Suure-Kopu_vallavalitsus, lk 14
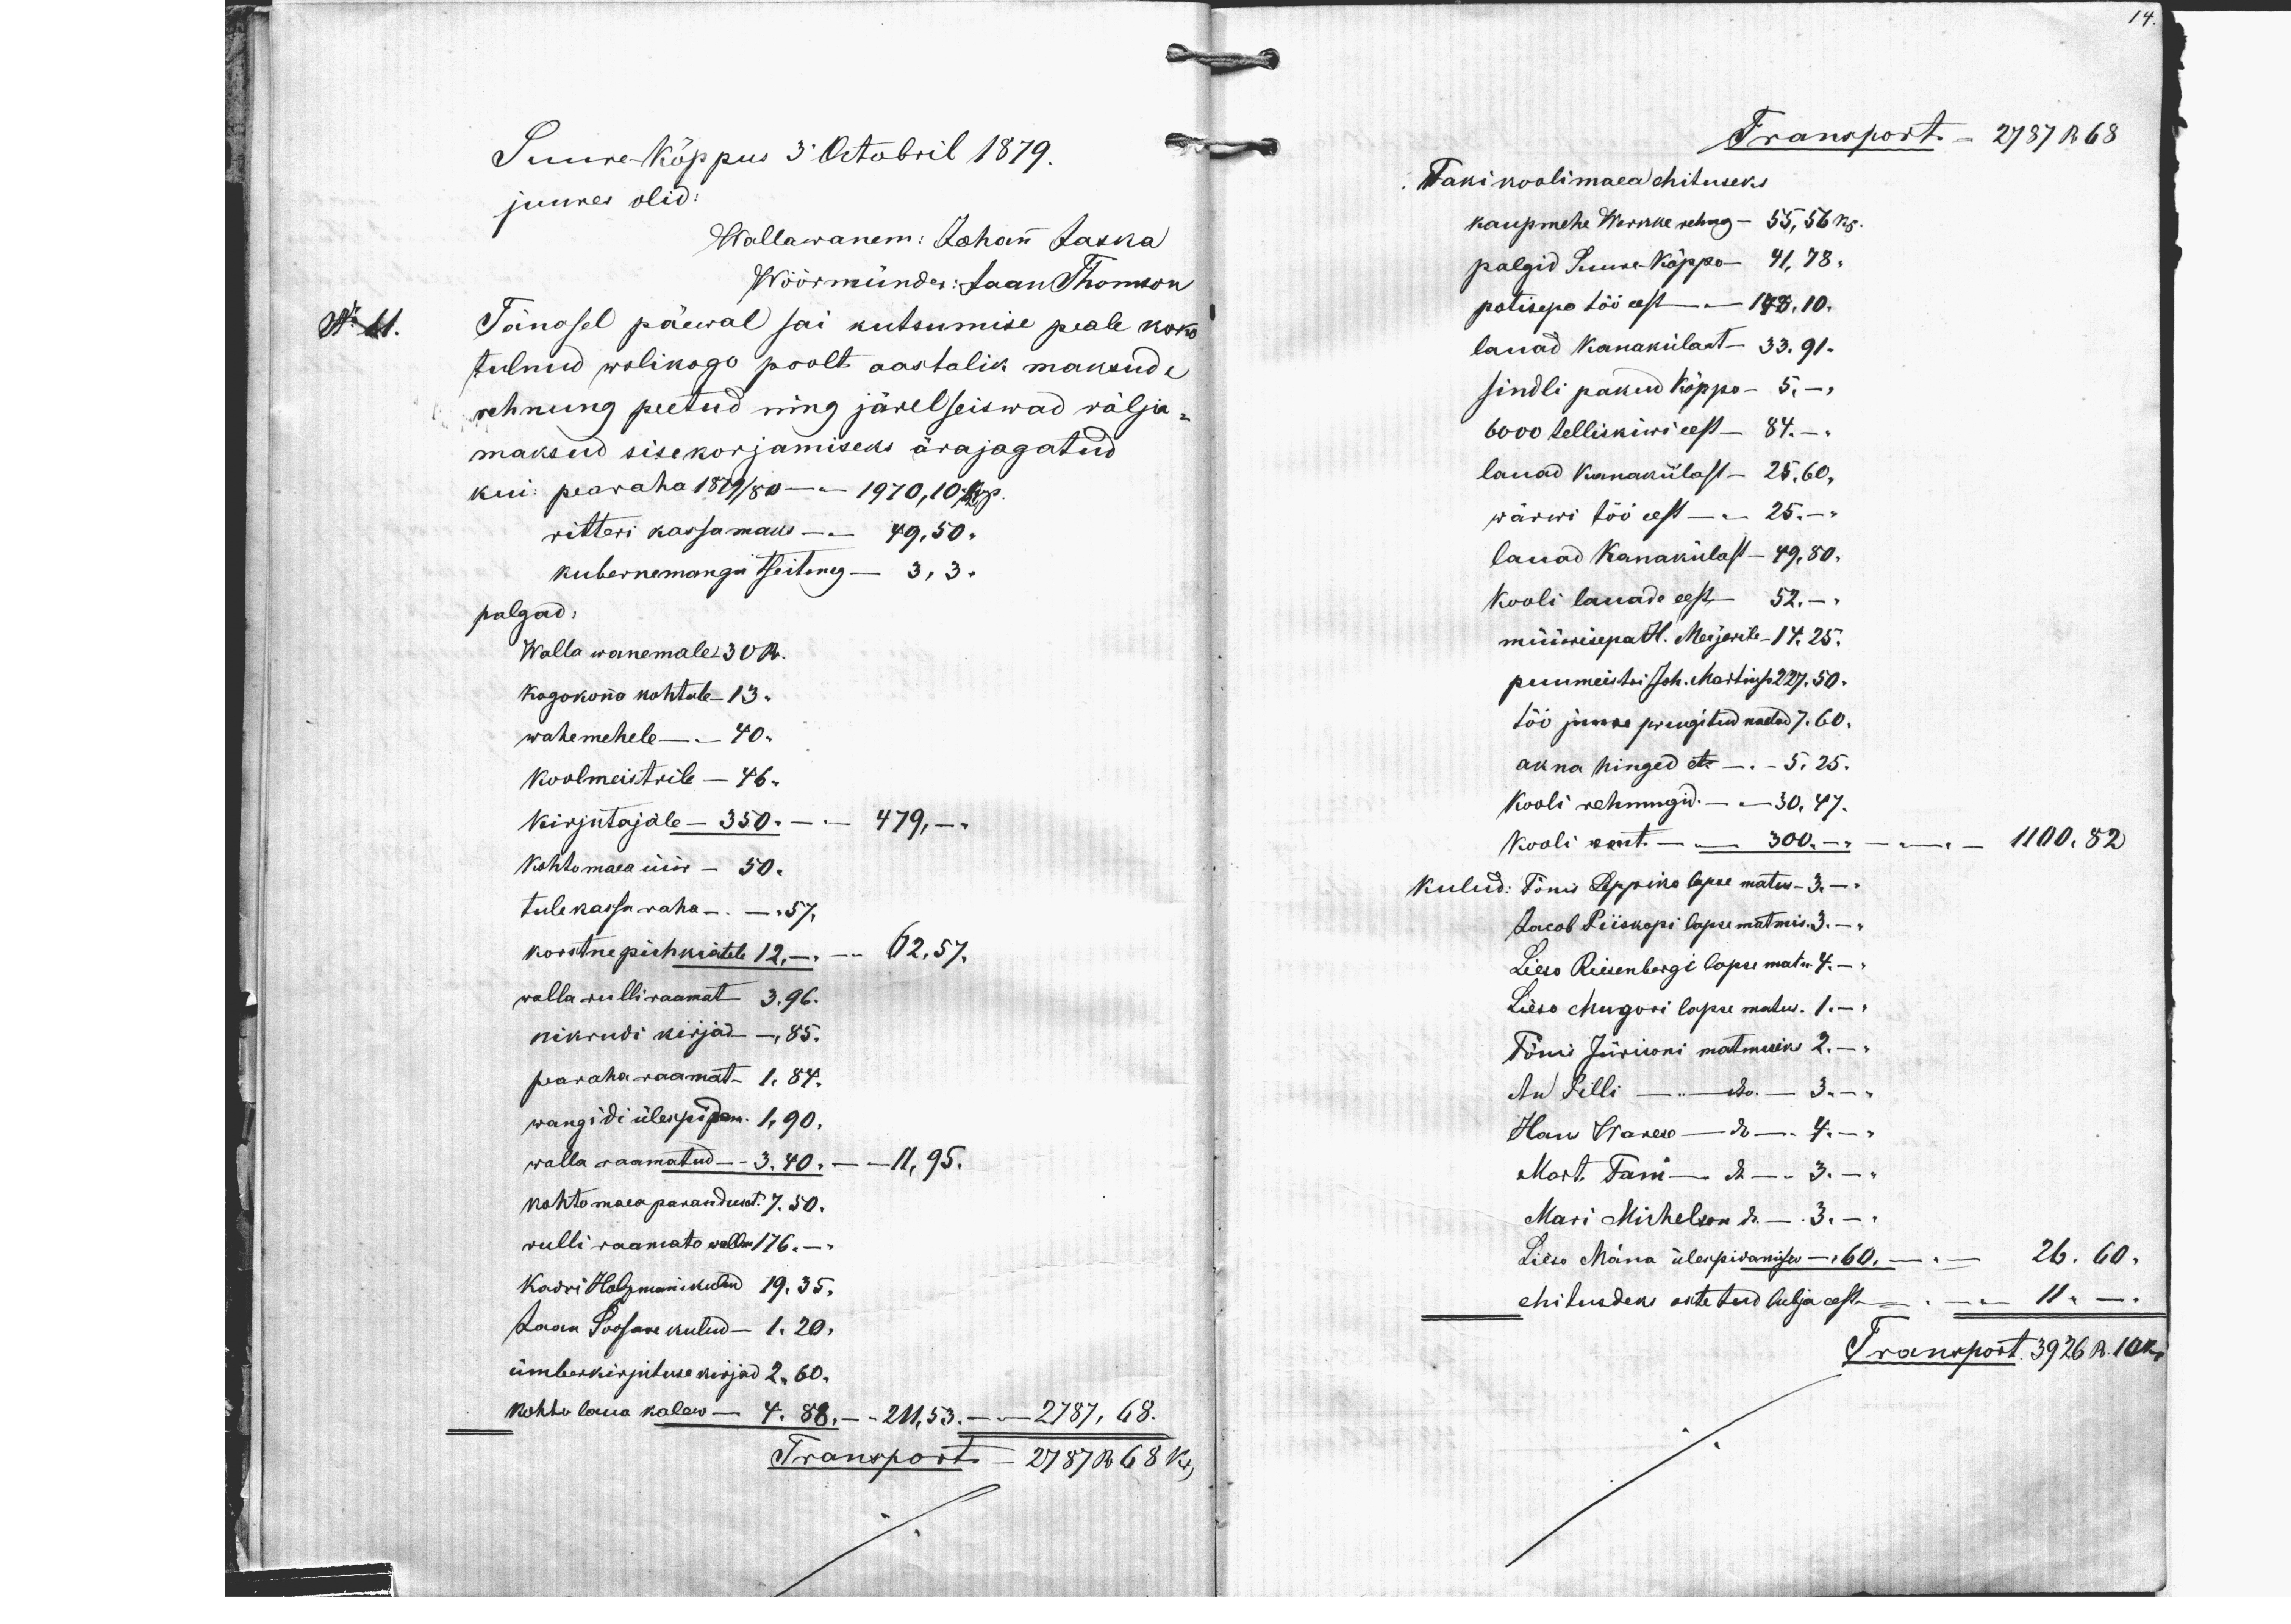
14.

Suure-Kõppus 3 Octobril 1879.
juures olid:
Wallawanem: Johan Jaska
Wöörmünder: Jaan Thomson
Tänasel päewal sai kutsumise peale koko-
tulnud wolikogu poolt aastalik maksude
rehnung peetud ning järel seiswad wälja-
maksud sisekorjamiseks ärajagatud
kui pearaha 1879/80 - 1970,10 kop.
ritteri kassamaks - 49,50 "
kubernemangu tseitung - 3,3 "
palgad:
Walla wanemale 30 R.
Kogokona kohtule-13 "
wahemehele - 40 "
Koolmeistrile - 46 "
Kirjutajale - 350  " - 479, -
Kohtomaea üür - 50.  "
tulekassa raha -"- 5%
korstna pühkiatele 12. -"- 62,57.
walla rulliraamat - 3.96  "
nikrudi kirjad -,85.
paraha raamat - 1,84.
wangidi ülespidam. 1,90,
kohtomea parandust. 7. 50.
walla raamatud - 3,40 " - 11,95
rulli raamato walla 176. -
Kadri Holzmanni kulud 19.35.
Jaan Soosare kulud - 1.20.
ümberkirjutuse kirjad 2.60.
kohto laua kalew - 4. 88, - 211,53. - 2787 R  68 K
Transport 2787 R 68 K.

Transport - 2787R 68
Taki koolimaea ehituseks
kaupmehe Wernke rehng - 55, 56 kr.
palgid Suure-Kõppo - 41,78 "
potisepa töö eest - 173, 10,
lanad Kanakülast - 33.91.
sindli pakud Kõppo - 5.-
6000 telliskiwi eest - 84.-
lanad Kanakülast - 25,60,
wärwi töö eest - 25.-
lauad Kanakülast - 49, 80.
Kooli lauade eest - 52.-
müüsisepa H. Meijerile - 14.25.
puumeistri Joh. Martinson 227.50.
töö juurde prugitud naelad 7.60
akna hinged No - 5.25.
Kooli rehnungid. - 30, 47.
Kooli rent - 300 - 1110.82
Kulud: Tõnu Leppiko lapse matus - 3. -
Jacob Piiskopi lapse matmis. - 3. -
Lieso Riesenbergi lapse matus 4. -
Liiso Augusti lapse matus. 1.-,
Tõnis Jürisoni matmiseks 2.-
An Pilli - " - 3 - "
Hans Warese - " - 4 - "
Mart. Tani - " - 3.- "
Mari Michelson  " - 3. - "
Liiso Mäna ülespidamises - 60, - 26.60
ehitusdeks ostetud lubja eest. - 11 " -
Transport 3926 R. 10 K.

No 11.